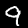
Digit: 9